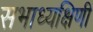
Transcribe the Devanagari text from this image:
सभाध्यक्षिणी